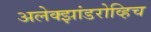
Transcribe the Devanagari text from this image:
अलेक्झांडरोव्हिच